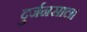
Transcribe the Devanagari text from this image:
दुर्जनसाल।